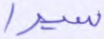
سيرا